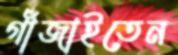
গাঁজাইতেন